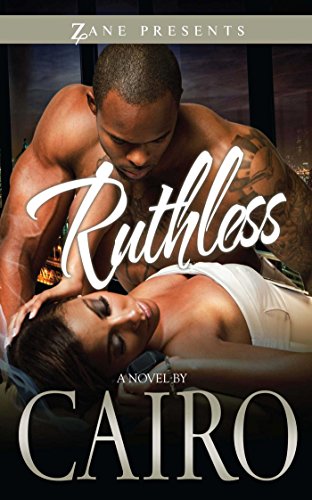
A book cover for Ruthless (Zane Presents); Cairo; Romance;